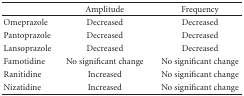
<table><thead><tr><td></td><td><b>Amplitude</b></td><td><b>Frequency</b></td></tr></thead><tbody><tr><td>Omeprazole</td><td>Decreased</td><td>Decreased</td></tr><tr><td>Pantoprazole</td><td>Decreased</td><td>Decreased</td></tr><tr><td>Lansoprazole</td><td>Decreased</td><td>Decreased</td></tr><tr><td>Famotidine</td><td>No significant change</td><td>No significant change</td></tr><tr><td>Ranitidine</td><td>Increased</td><td>No significant change</td></tr><tr><td>Nizatidine</td><td>Increased</td><td>No significant change</td></tr></tbody></table>